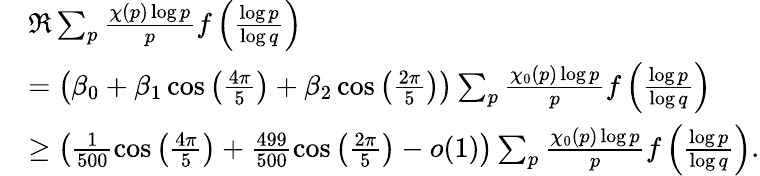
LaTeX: \begin{array}{rl}&{\Re\sum_{p}\frac{\chi(p)\log p}{p}f\left(\frac{\log p}{\log q}\right)}\\ &{=\left(\beta_{0}+\beta_{1}\cos\left(\frac{4\pi}{5}\right)+\beta_{2}\cos\left(\frac{2\pi}{5}\right)\right)\sum_{p}\frac{\chi_{0}(p)\log p}{p}f\left(\frac{\log p}{\log q}\right)}\\ &{\geq\left(\frac{1}{500}\cos\left(\frac{4\pi}{5}\right)+\frac{499}{500}\cos\left(\frac{2\pi}{5}\right)-o(1)\right)\sum_{p}\frac{\chi_{0}(p)\log p}{p}f\left(\frac{\log p}{\log q}\right).}\end{array}